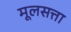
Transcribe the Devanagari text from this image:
मूलसत्ता